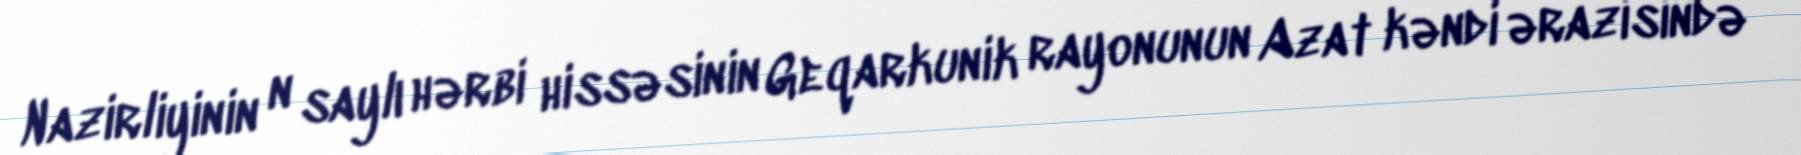
Nazirliyinin n saylı hərbi hissəsinin Geqarkunik rayonunun Azat kəndi ərazisində